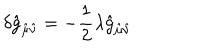
\delta \hat { g } _ { \hat { \mu } \hat { \nu } } = - \frac { 1 } { 2 } \lambda \hat { g } _ { \hat { \mu } \hat { \nu } }